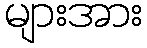
များအား